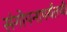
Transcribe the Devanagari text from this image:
संगोपनापर्यंतची